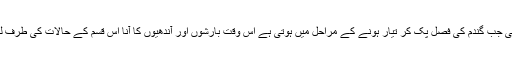
پاکستان میں بھی جب گندم کی فصل پک کر تیار ہونے کے مراحل میں ہوتی ہے اس وقت بارشوں اور آندھیوں کا آنا اس قسم کے حالات کی طرف لے جا سکتاہے۔